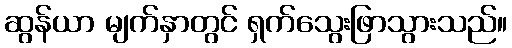
ဆွန်ယာ မျက်နှာတွင် ရှက်သွေးဖြာသွားသည်။